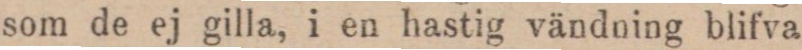
som de ej gilla, i en hastig vändning blifva